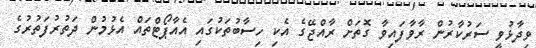
ވިދާޅުވީ ސަރުކާރުން ރާވާފައިވާ ގޮތަށް ރާއްޖޭގެ އެކި ހިސާބުތަކުގައި އެއާޕޯޓްތައް އެޅުމުން ދަތުރުފަތުރުގެ